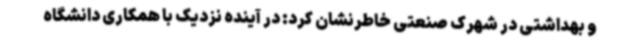
و بهداشتی در شهرک صنعتی خاطرنشان کرد: در آینده نزدیک با همکاری دانشگاه